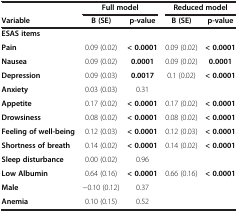
|  | <COLSPAN=2> Full model | <COLSPAN=2> Reduced model |
 | Variable | B (SE) | p-value | B (SE) | p-value |
 | --- | --- | --- | --- | --- |
 | ESAS items |  |  |  |  |
 | Pain | 0.09 (0.02) | < 0.0001 | 0.09 (0.02) | < 0.0001 |
 | Nausea | 0.09 (0.02) | 0.0001 | 0.09 (0.02) | 0.0001 |
 | Depression | 0.09 (0.03) | 0.0017 | 0.1 (0.02) | < 0.0001 |
 | Anxiety | 0.03 (0.03) | 0.31 |  |  |
 | Appetite | 0.17 (0.02) | < 0.0001 | 0.17 (0.02) | < 0.0001 |
 | Drowsiness | 0.08 (0.02) | < 0.0001 | 0.08 (0.02) | < 0.0001 |
 | Feeling of well-being | 0.12 (0.03) | < 0.0001 | 0.12 (0.03) | < 0.0001 |
 | Shortness of breath | 0.14 (0.02) | < 0.0001 | 0.14 (0.02) | < 0.0001 |
 | Sleep disturbance | 0.00 (0.02) | 0.96 |  |  |
 | Low Albumin | 0.64 (0.16) | < 0.0001 | 0.66 (0.16) | < 0.0001 |
 | Male | −0.10 (0.12) | 0.37 |  |  |
 | Anemia | 0.10 (0.15) | 0.52 |  |  |